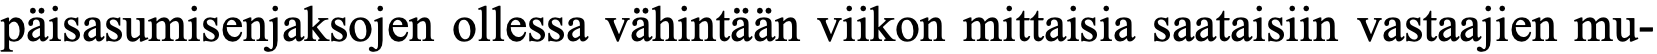
päisasumisenjaksojen ollessa vähintään viikon mittaisia saataisiin vastaajien mu-